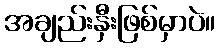
အချည်းနှီးဖြစ်မှာပဲ။